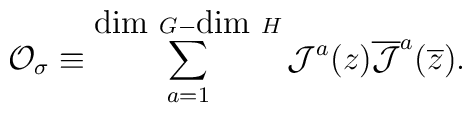
{\cal O}_{\sigma} \equiv \sum_{a =1}^{\hbox{dim }G-\hbox{dim }H}{\cal J}^{a}(z) \overline{\cal J}^{a}(\overline z).